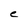
Character: e